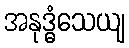
အနုဒ္ဓံသေယျ